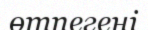
өтпегені